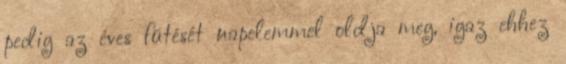
pedig az éves fűtését napelemmel oldja meg, igaz ehhez